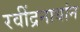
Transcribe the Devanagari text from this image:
रवींद्रनाथांन